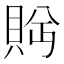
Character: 𬥕